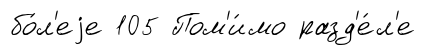
бо́л'еjе 105 Пом'и́мо разд'е́л'е